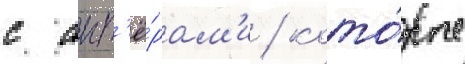
с акт'ё́рам'и / кото́рые